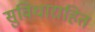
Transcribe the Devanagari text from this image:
सुविधाराहित